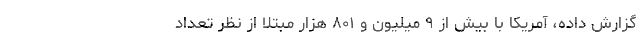
گزارش داده، آمریکا با بیش از ۹ میلیون و ۸۰۱ هزار مبتلا از نظر تعداد